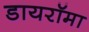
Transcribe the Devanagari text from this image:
डायरॉमा